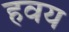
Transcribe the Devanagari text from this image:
हवय